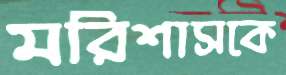
মরিশাসকে